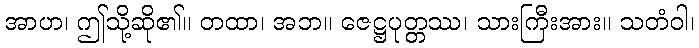
အာဟ၊ ဤသို့ဆို၏။ တထာ၊ အဘ။ ဇေဋ္ဌပုတ္တဿ၊ သားကြီးအား။ သတံဝါ၊